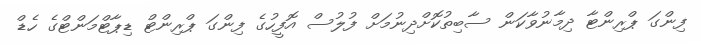
ފިންގަ ޕްރިންޓާ ދިމާނުވާކަން ސާބިތުކޮށްދިނުމަށް ފުލުސް އޮފީހުގެ ފިންގަ ޕްރިންޓް ޑިޕާޓްމަންޓްގެ ހެޑް